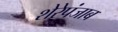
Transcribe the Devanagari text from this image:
शेरेपंजाब